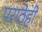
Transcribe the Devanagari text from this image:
पराठेही